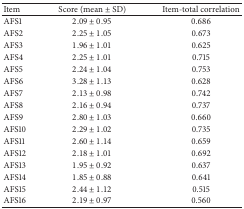
| Item | Score (mean ± SD) | Item-total correlation |
 | --- | --- | --- |
 | AFS1 | 2.09 ± 0.95 | 0.686 |
 | AFS2 | 2.25 ± 1.05 | 0.673 |
 | AFS3 | 1.96 ± 1.01 | 0.625 |
 | AFS4 | 2.25 ± 1.01 | 0.715 |
 | AFS5 | 2.24 ± 1.04 | 0.753 |
 | AFS6 | 3.28 ± 1.13 | 0.628 |
 | AFS7 | 2.13 ± 0.98 | 0.742 |
 | AFS8 | 2.16 ± 0.94 | 0.737 |
 | AFS9 | 2.80 ± 1.03 | 0.660 |
 | AFS10 | 2.29 ± 1.02 | 0.735 |
 | AFS11 | 2.60 ± 1.14 | 0.659 |
 | AFS12 | 2.18 ± 1.01 | 0.692 |
 | AFS13 | 1.95 ± 0.92 | 0.637 |
 | AFS14 | 1.85 ± 0.88 | 0.641 |
 | AFS15 | 2.44 ± 1.12 | 0.515 |
 | AFS16 | 2.19 ± 0.97 | 0.560 |